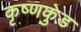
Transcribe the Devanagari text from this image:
कृष्णकुंड